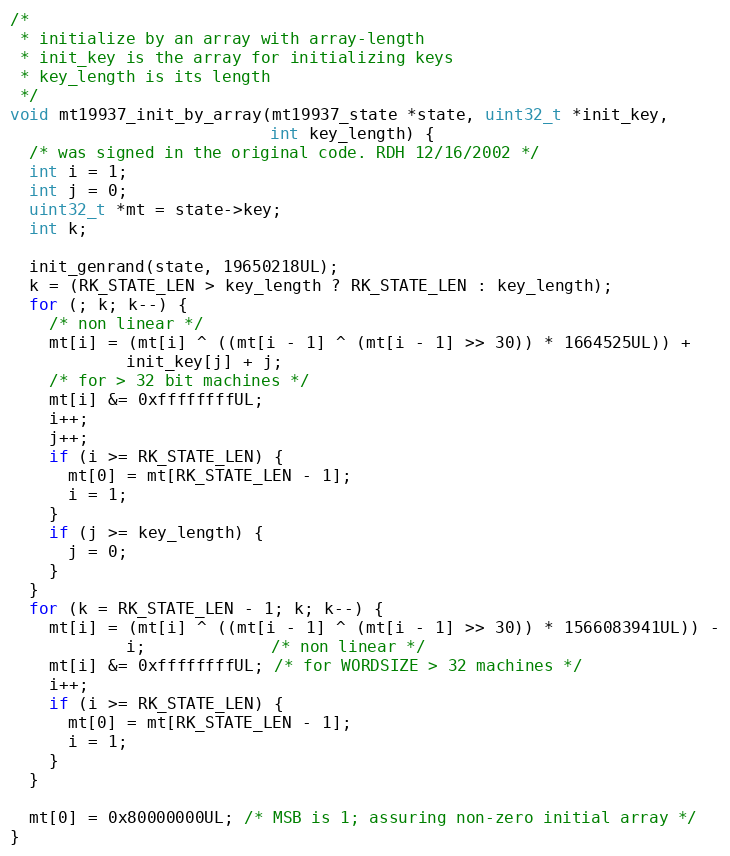
Language: C
/*
 * initialize by an array with array-length
 * init_key is the array for initializing keys
 * key_length is its length
 */
void mt19937_init_by_array(mt19937_state *state, uint32_t *init_key,
                           int key_length) {
  /* was signed in the original code. RDH 12/16/2002 */
  int i = 1;
  int j = 0;
  uint32_t *mt = state->key;
  int k;

  init_genrand(state, 19650218UL);
  k = (RK_STATE_LEN > key_length ? RK_STATE_LEN : key_length);
  for (; k; k--) {
    /* non linear */
    mt[i] = (mt[i] ^ ((mt[i - 1] ^ (mt[i - 1] >> 30)) * 1664525UL)) +
            init_key[j] + j;
    /* for > 32 bit machines */
    mt[i] &= 0xffffffffUL;
    i++;
    j++;
    if (i >= RK_STATE_LEN) {
      mt[0] = mt[RK_STATE_LEN - 1];
      i = 1;
    }
    if (j >= key_length) {
      j = 0;
    }
  }
  for (k = RK_STATE_LEN - 1; k; k--) {
    mt[i] = (mt[i] ^ ((mt[i - 1] ^ (mt[i - 1] >> 30)) * 1566083941UL)) -
            i;             /* non linear */
    mt[i] &= 0xffffffffUL; /* for WORDSIZE > 32 machines */
    i++;
    if (i >= RK_STATE_LEN) {
      mt[0] = mt[RK_STATE_LEN - 1];
      i = 1;
    }
  }

  mt[0] = 0x80000000UL; /* MSB is 1; assuring non-zero initial array */
}